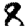
Digit: 8